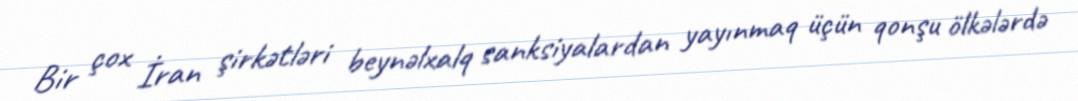
Bir çox İran şirkətləri beynəlxalq sanksiyalardan yayınmaq üçün qonşu ölkələrdə